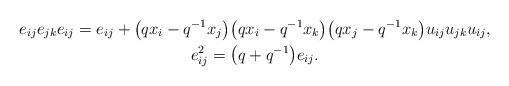
\begin{gather*} e_{ij} e_{jk} e_{ij} = e_{ij}+\big(q x_i-q^{-1} x_j\big)\big(q x_i - q^{-1} x_k\big)\big(q x_j -q^{-1} x_k\big) u_{ij} u_{jk} u_{ij},\\ e_{ij}^2= \big(q+q^{-1}\big)e_{ij}. \end{gather*}